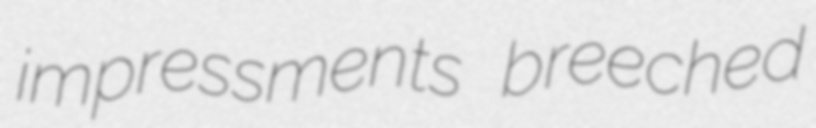
impressments breeched